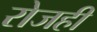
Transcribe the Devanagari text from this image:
रोजही